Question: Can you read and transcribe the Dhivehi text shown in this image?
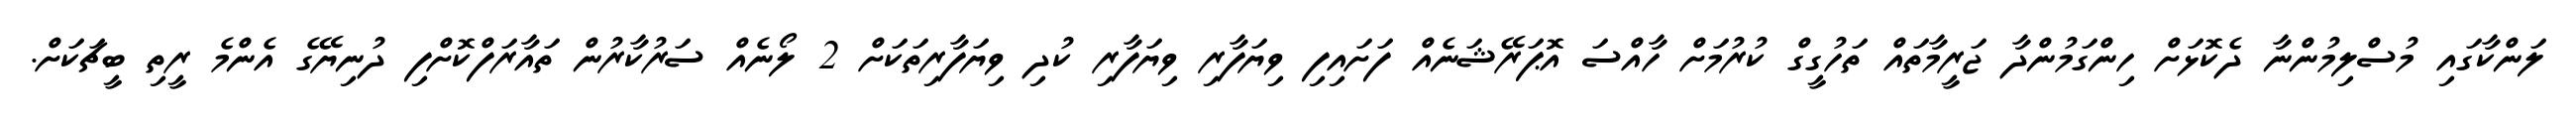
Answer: ލަންކާގައި މުސްލިމުންނާ ދެކޮޅަށް ހިންގަމުންދާ ޖަރީމާތައް ތަހުގީގް ކުރުމަށް ހާއްސަ އޮޕަރޭޝަނެއް ފަށައިފި ވިޔަފާރި ވިޔަފާރި ކުދި ވިޔަފާރިތަކަށް 2 ލޯނެއް ސަރުކާރުން ތައާރަފްކޮށްފި ދުނިޔޭގެ އެންމެ ރީތި ބީޗަކަށް.